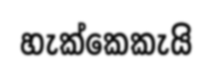
හැක්කෙකැයි